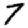
Digit: 7